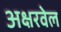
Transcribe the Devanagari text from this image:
अक्षरवेल